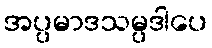
အပ္ပမာဒသမ္ပဒါပေ